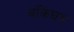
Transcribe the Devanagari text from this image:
बंकिंघम